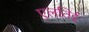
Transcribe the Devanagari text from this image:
एलतिई